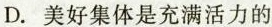
D.美好集体是充满活力的